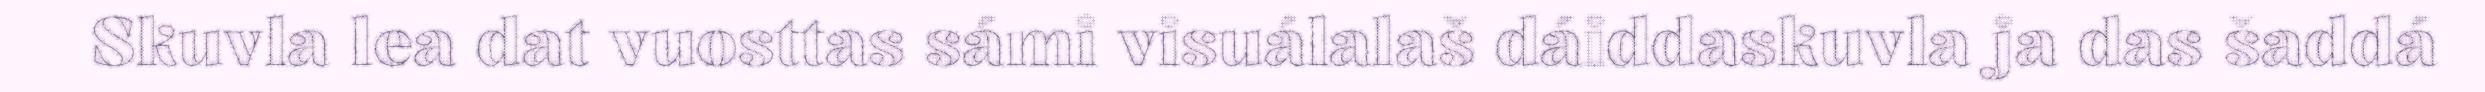
Skuvla lea dat vuosttas sámi visuálalaš dáiddaskuvla ja das šaddá